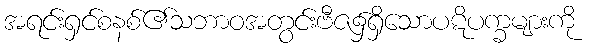
အရင်းရှင်စနစ်၏သဘာဝအတွင်းဗီဇ၌ရှိသောပဋိပက္ခများကို